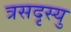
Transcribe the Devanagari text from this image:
त्रसदृस्यु